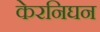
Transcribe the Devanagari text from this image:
केरनिघन